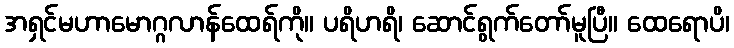
အရှင်မဟာမောဂ္ဂလာန်ထေရ်ကို။ ပရိဟရိ၊ ဆောင်ရွက်တော်မူပြီ။ ထေရောပိ၊